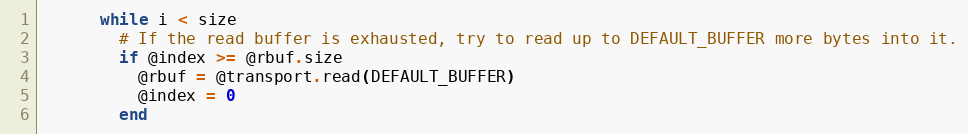
Language: Ruby
      while i < size
        # If the read buffer is exhausted, try to read up to DEFAULT_BUFFER more bytes into it.
        if @index >= @rbuf.size
          @rbuf = @transport.read(DEFAULT_BUFFER)
          @index = 0
        end